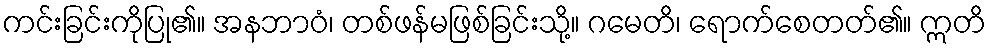
ကင်းခြင်းကိုပြု၏။ အနဘာဝံ၊ တစ်ဖန်မဖြစ်ခြင်းသို့။ ဂမေတိ၊ ရောက်စေတတ်၏။ ဣတိ